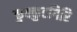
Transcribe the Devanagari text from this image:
कुक्कुटगिरि